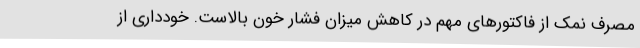
مصرف نمک از فاکتورهای مهم در کاهش میزان فشار خون بالاست. خودداری از